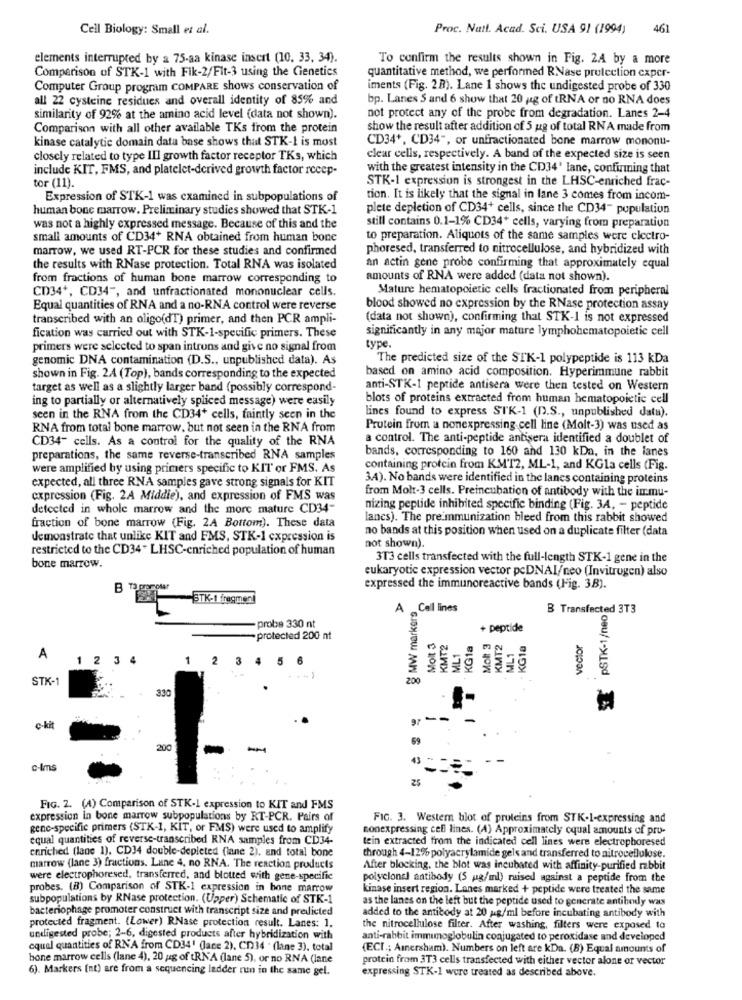
Cell Biology: Small et al.
Proc. Natt. Acad. Sci. USA 91 (1994)
461
elements interrupted by a 75-aa kinase insert (10. 33, 34).
To confirm the results shown in Fig. 2A by a more
Comparison of STK-1 with Fik-2/Fit-3 using the Genetics
quantitative method, we performed RNase prulection cxper-
Computer Group program COMPARE shows conservation of
iments (Fig. 28). Lane 1 shows the undigested probe of 330
all 22 cysteine residues and overall identity of 85% and
bp. Lanes S and 6 show that 20 ug of tRNA or no RNA does
similarity of 92% at the amino acid level (data not shown).
not protect any of the probe from degradation. Lanes 2-4
Comparison with all other available TKs from the protein
show the result after addition of 5 gg of total RNA made from
kinase catalytic domain data base shows that STK-1 is most
CD34+, CD34", or unfractionated bone marrow mononu-
closely related to type III growth factor receptor TKs, which
clear cells, respectively. A band of the expected size is seen
include KIT, FMS, and platelet-derived growth factor recep-
with the greatest intensity in the CD34' lane, confirming that
STK-1 expression is strongest in the LHSC-enriched frac-
tor (11).
Expression of STK-1 was examined in subpopulations of
tion. It is likely that the signal in lane 3 comes from incom-
human bone marrow. Preliminary studies showed that STK-1
plete depletion of CD34+ cells, since the CD34" population
was not a highly expressed message. Because of this and the
still contains 0.1-1% CD34+ cells, varying from preparation
small amounts of CD34+ RNA obtained from human bone
to preparation. Aliquots of the same samples were clectro-
marrow, we used RT-PCR for these studies and confirmed
phoresed, transferred to nitrocellulose, and hybridized with
the results with RNase protection. Total RNA was isolated
an actin gene probe confirming that approximately equal
from fractions of human bone marrow corresponding to
amounts of RNA were added (data not shown).
CD34+, CD34", and unfractionated mononuclear cells.
Mature hematopoietic cells fractionated from peripheral
Equal quantities of RNA and a no-RNA control were reverse
blood showed no expression by the RNase protection assay
transcribed with an oligo(dT) primer, and then PCR ampli-
(data not shown), confirming that STK-1 is not expressed
significantly in any major mature lymphohematopoietic cell
fication was carried out with STK-1-specific primers. These
primers were selected to span introns and give no signal from
type.
genomic DNA contamination (D.S ., unpublished data). As
The predicted size of the STK-1 polypeptide is 113 kDa
based on amino acid composition. Hyperimmune rabbit
shown in Fig. 2A (Top), bands corresponding to the expected
target as well as a slightly larger band (possibly correspond-
anti-STK-1 peptide antisera were then tested on Western
ing to partially or alternatively spliced message) were easily
blots of proteins extracted from human hematopoietic cell
lines found to express STK-1 (D.S ., unpublished data).
seen in the RNA from the CD34+ cells, faintly seen in the
RNA from total bone marrow, but not seen in the RNA from
Protein from a nonexpressing cell line (Molt-3) was used as
CD34- cells. As a control for the quality of the RNA
a control. The anti-peptide antisera identified a doublet of
bands, corresponding to 160 and 130 kDa, in the lanes
preparations, the same reverse-transcribed RNA samples
were amplified by using primers specific to KIT or FMS. As
containing protein from KMT2, ML-1, and KGla cells (Fig.
expected, all three RNA samples gave strong signals for KIT
3A). No bands were identified in the lanes containing proteins
from Molt-3 cells. Preincubation of antibody with the immu-
expression (Fig. 2A Middie), and expression of FMS was
detected in whole marrow and the more mature CD34-
nizing peptide inhibited specific binding (Fig. 3A, - peptide
lancs). The preimmunization bleed from this rabbit showed
fraction of bone marrow (Fig. 2A Bottom). These data
no bands at this position when used on a duplicate filter (data
demonstrate that unlike KIT and FMS, STK-1 expression is
restricted to the CD34* LHSC-enriched population of human
not shown).
3T3 cells transfected with the full-length STK-1 gene in the
bone marrow.
eukaryotic expression vector pcDNAI/neo (Invitrogen) also
B TO prorotar
expressed the immunoreactive bands (Fig. 3B).
BTK-1 freqmen
PSTK-1/neog
A Call lines
g MW markers
B Transfected 3T3
-probe 330 nt
+ peptide
protected 200 nt
Molt 3
KMT2
KG1a
Molt 3
KMT2
ML1
· KGta
vector
ML1
A
1 2
3 4
1 2 3
4 5 6
STK-1
330
c-kit
-
c-Ims
25
FIG. 2. (A) Comparison of STK-L expression to KIT and FMS
expression in bone marrow subpopulations by RT-PCR. Pairs of
FIG. 3. Western blot of proteins from STK.1-expressing and
gene-specific primers (STK-1, KIT, or FMS) were used to amplify
nonexpressing cell lines. (A) Approximately oqual amounts of pro-
equal quantities of reverse-transcribed RNA samples from CD34-
tein extracted from the indicated cell lines were electrophoresed
enriched (lane 1), CD34 double-depleted (lane 2), and total bone
through 4-12% polyacrylamide gels and transferred to nitrocellulose.
marrow (lane 3) fractions. Lune 4. no RNA. The reaction products
After blocking, the blot was incubated with affinity-purified rabbit
were electrophoresed, transferred, and blotted with gene-specific
polyclonal antibody (5 ug/ml) raised against a peptide from the
probes. (B) Comparison of STK-1 expression in bone marrow
kinase insert region. Lanes marked + peptide were treated the same
subpopulations by RNase protection. (Upper) Schematic of STK-1
as the lanes on the left but the peptide used to generate antibody was
bacteriophage promoter construct with transcript size and predicted
added to the antibody at 20 pg/ml before incubating antibody with
protected fragment. (Lower) RNase protection result. Lanes: 1,
the nitrocellulose filter. After washing, filters were exposed to
undigested probe; 2-6, digested products after hybridization with
anti-rabbit immunoglobulin conjugated to peroxidase and developed
cqual quantities of RNA from CD34' (lace 2), CD34 . (lane 3). total
(ECI .; Amersham). Numbers on left are kDa. (B) Equal amounts of
bone marrow cells (lane 4), 20 ug of tRN'A (lane 5), or no RNA (lane
protein from 3T3 cells transfected with either vector alone or vector
6). Markers (nt) are from a sequencing ladder ruin in the same gel.
expressing STK-1 were treated as described above.